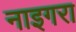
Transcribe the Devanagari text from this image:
नाइगरा